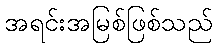
အရင်းအမြစ်ဖြစ်သည်